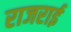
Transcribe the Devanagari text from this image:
राजराई